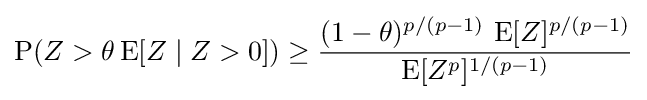
\operatorname {P} (Z>\theta \operatorname {E} [Z\mid Z>0])\geq {\frac {(1-\theta )^{p/(p-1)}\,\operatorname {E} [Z]^{p/(p-1)}}{\operatorname {E} [Z^{p}]^{1/(p-1)}}}